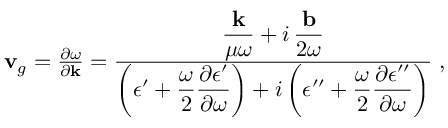
\begin{array} { r } { { \bf v } _ { g } = \frac { \partial \omega } { \partial { \bf k } } = \frac { \displaystyle \frac { { \bf k } } { \mu \omega } + i \, \frac { { \bf b } } { 2 \omega } } { \displaystyle \left( \epsilon ^ { \prime } + \frac { \omega } { 2 } \frac { \partial \epsilon ^ { \prime } } { \partial \omega } \right) + i \left( \epsilon ^ { \prime \prime } + \frac { \omega } { 2 } \frac { \partial \epsilon ^ { \prime \prime } } { \partial \omega } \right) } \; , } \end{array}